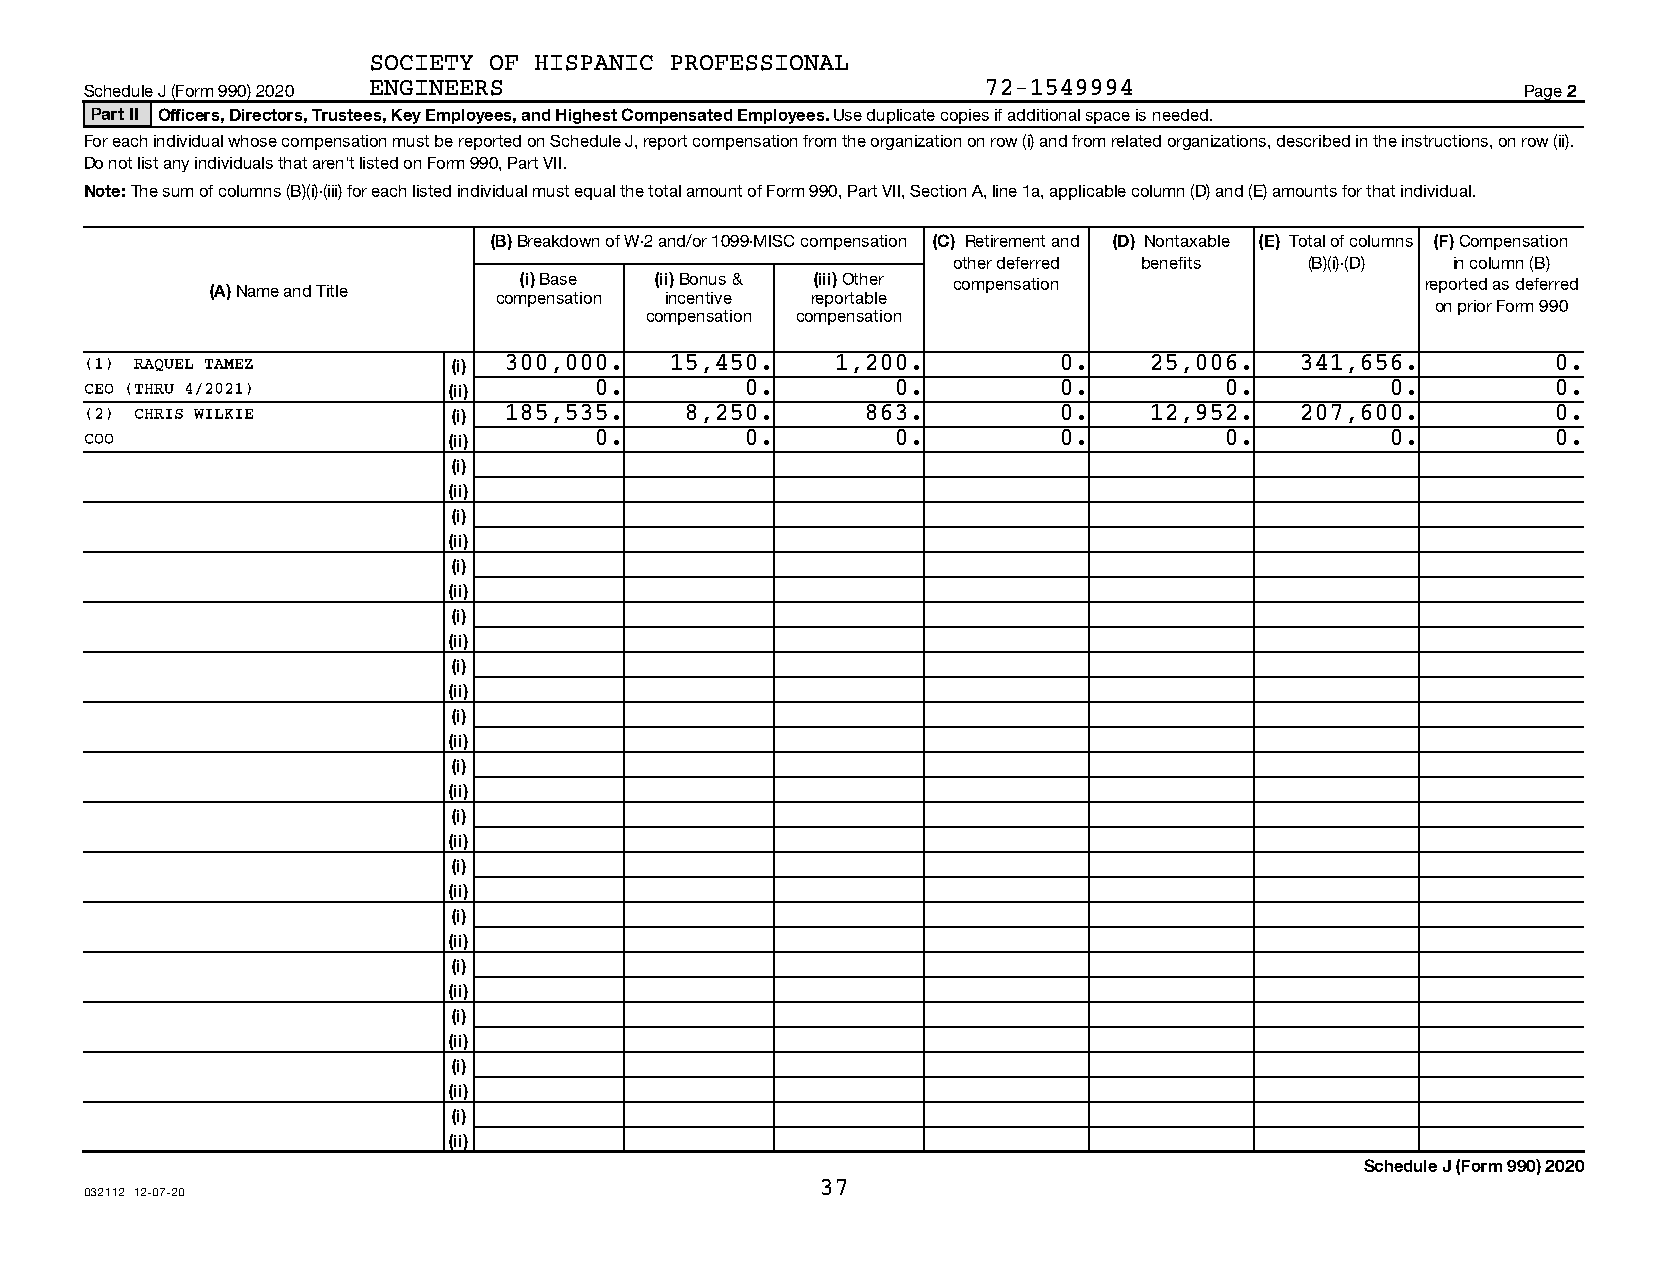
SOCIETY OF HISPANIC PROFESSIONAL
 Schedule J (Form 990) 2020 ENGINEERS                       72-1549994                          Page 2
 Part II Officers, Directors, Trustees, Key Employees, and Highest Compensated Employees. Use duplicate copies if additional space is needed.
 For each individual whose compensation must be reported on Schedule J, report compensation from the organization on row (i) and from related organizations, described in the instructions, on row (ii).
 Do not list any individuals that aren’t listed on Form 990, Part VII.
 Note: The sum of columns (B)(i)-(iii) for each listed individual must equal the total amount of Form 990, Part VII, Section A, line 1a, applicable column (D) and (E) amounts for that individual.
 (B) Breakdown of W-2 and/or 1099-MISC compensation (C) Retirement and (D) Nontaxable (E) Total of columns (F) Compensation
 other deferred benefits (B)(i)-(D) in column (B)
 (i) Base (ii) Bonus & (iii) Other compensation              reported as deferred
 (A) Name and Title
 compensation incentive reportable
 on prior Form 990
 compensation compensation
 (1) RAQUEL TAMEZ        (i) 300,000.  15,450.    1,200.         0.    25,006.   341,656.         0.
 CEO (THRU 4/2021)       (ii)     0.        0.        0.         0.         0.         0.         0.
 (2) CHRIS WILKIE        (i) 185,535.   8,250.      863.         0.    12,952.   207,600.         0.
 COO                     (ii)     0.        0.        0.         0.         0.         0.         0.
 (i)
 (ii)
 (i)
 (ii)
 (i)
 (ii)
 (i)
 (ii)
 (i)
 (ii)
 (i)
 (ii)
 (i)
 (ii)
 (i)
 (ii)
 (i)
 (ii)
 (i)
 (ii)
 (i)
 (ii)
 (i)
 (ii)
 (i)
 (ii)
 (i)
 (ii)
 Schedule J (Form 990) 2020
 37
 032112 12-07-20
 08481215 794084 10200        2020.05010 SOCIETY OF HISPANIC PROFESS 10200__1